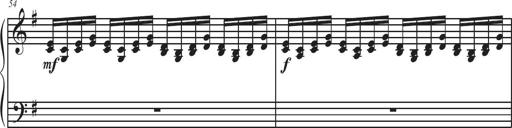
Title: Sonatina Espania
Composer: Jerald Franklin Archer
Key: Various